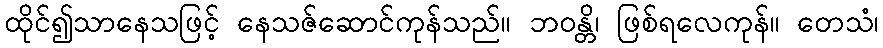
ထိုင်၍သာနေသဖြင့် နေသဇ်ဆောင်ကုန်သည်။ ဘဝန္တိ၊ ဖြစ်ရလေကုန်။ တေသံ၊